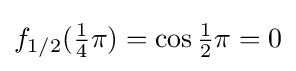
f_{1/2}({\tfrac {1}{4}}\pi )=\cos {\tfrac {1}{2}}\pi =0